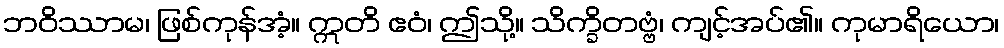
ဘဝိဿာမ၊ ဖြစ်ကုန်အံ့။ ဣတိ ဧဝံ၊ ဤသို့။ သိက္ခိတဗ္ဗံ၊ ကျင့်အပ်၏။ ကုမာရိယော၊